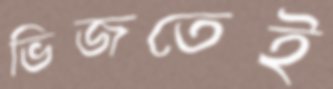
ভিজতেই